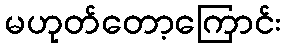
မဟုတ်တော့ကြောင်း